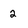
Character: 2